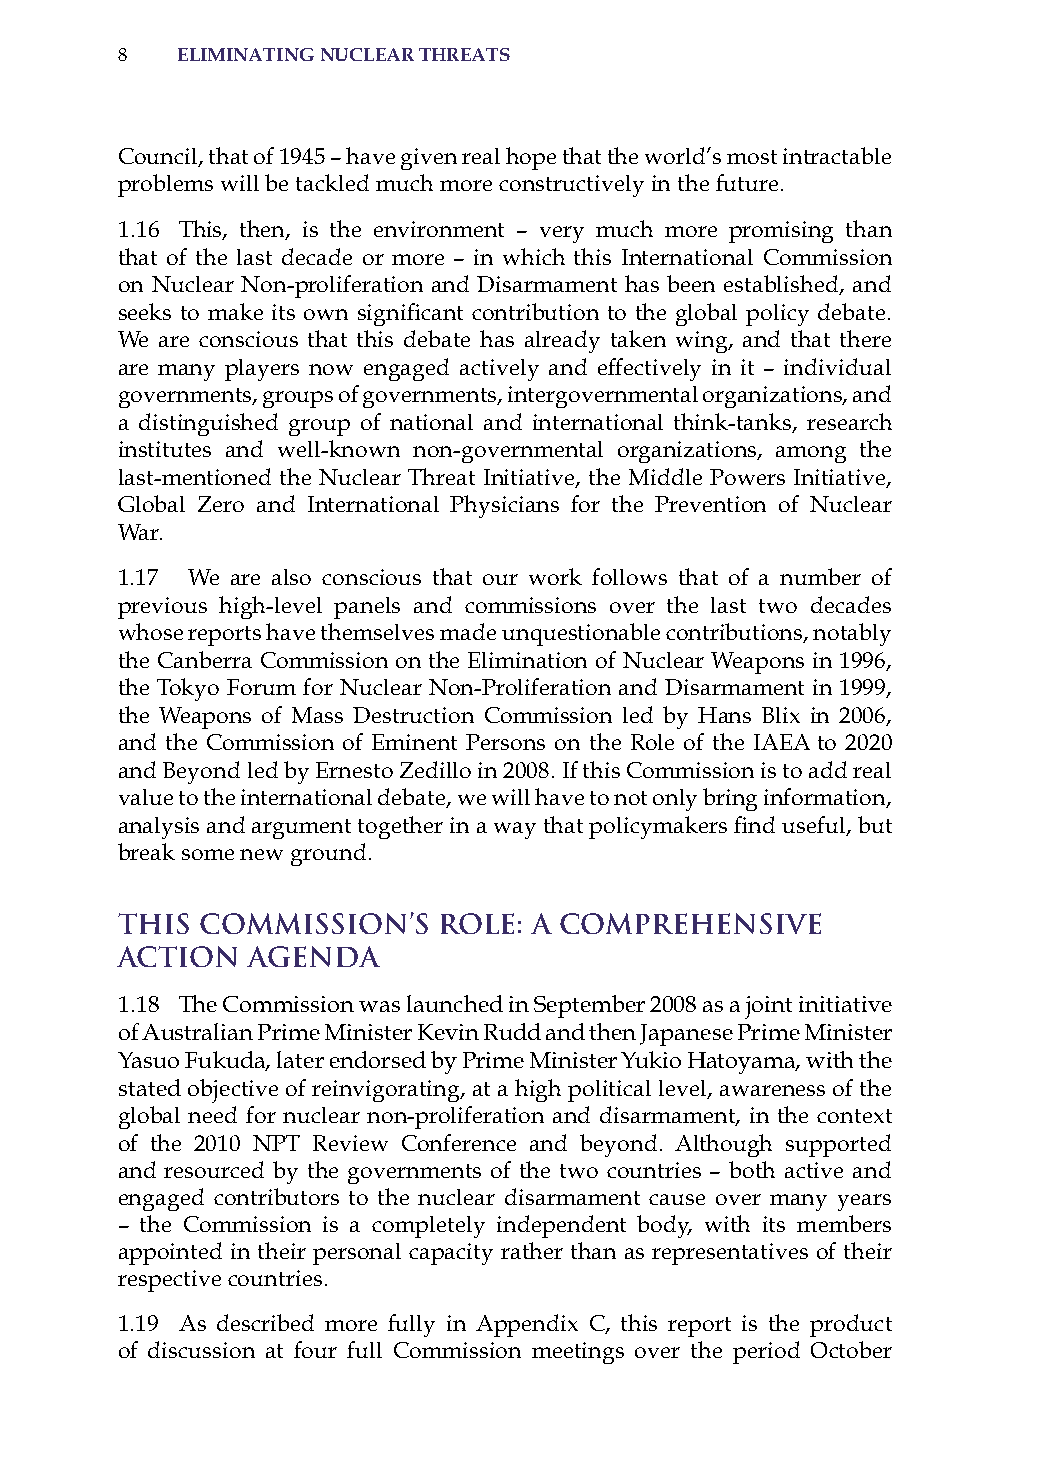
8   eliminatinG nuclear threats
 Council, that of 1945 – have given real hope that the world’s most intractable
 problems will be tackled much more constructively in the future.
 1.16 This, then, is the environment – very much more promising than
 that of the last decade or more – in which this international Commission
 on Nuclear Non-proliferation and Disarmament has been established, and
 seeks to make its own significant contribution to the global policy debate.
 We are conscious that this debate has already taken wing, and that there
 are many players now engaged actively and effectively in it – individual
 governments, groups of governments, intergovernmental organizations, and
 a distinguished group of national and international think-tanks, research
 institutes and well-known non-governmental organizations, among the
 last-mentioned the Nuclear Threat initiative, the Middle Powers initiative,
 Global Zero and international Physicians for the Prevention of Nuclear
 War.
 1.17 We are also conscious that our work follows that of a number of
 previous high-level panels and commissions over the last two decades
 whose reports have themselves made unquestionable contributions, notably
 the Canberra Commission on the Elimination of Nuclear Weapons in 1996,
 the Tokyo Forum for Nuclear Non-Proliferation and Disarmament in 1999,
 the Weapons of Mass Destruction Commission led by hans Blix in 2006,
 and the Commission of Eminent Persons on the role of the iaEa to 2020
 and Beyond led by Ernesto Zedillo in 2008. if this Commission is to add real
 value to the international debate, we will have to not only bring information,
 analysis and argument together in a way that policymakers find useful, but
 break some new ground.
 This Commission’s    Role: A Comprehensive
 Action  Agenda
 1.18 The Commission was launched in september 2008 as a joint initiative
 of australian Prime Minister Kevin rudd and then Japanese Prime Minister
 Yasuo Fukuda, later endorsed by Prime Minister Yukio hatoyama, with the
 stated objective of reinvigorating, at a high political level, awareness of the
 global need for nuclear non-proliferation and disarmament, in the context
 of the 2010 NPT review Conference and beyond. although supported
 and resourced by the governments of the two countries – both active and
 engaged contributors to the nuclear disarmament cause over many years
 – the Commission is a completely independent body, with its members
 appointed in their personal capacity rather than as representatives of their
 respective countries.
 1.19 as described more fully in appendix C, this report is the product
 of discussion at four full Commission meetings over the period october